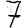
Digit: 7